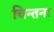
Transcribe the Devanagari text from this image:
चिन्तना